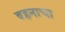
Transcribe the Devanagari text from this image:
वहनाचा